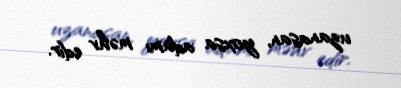
uzanasan, yoxsa adamı məhv edir.